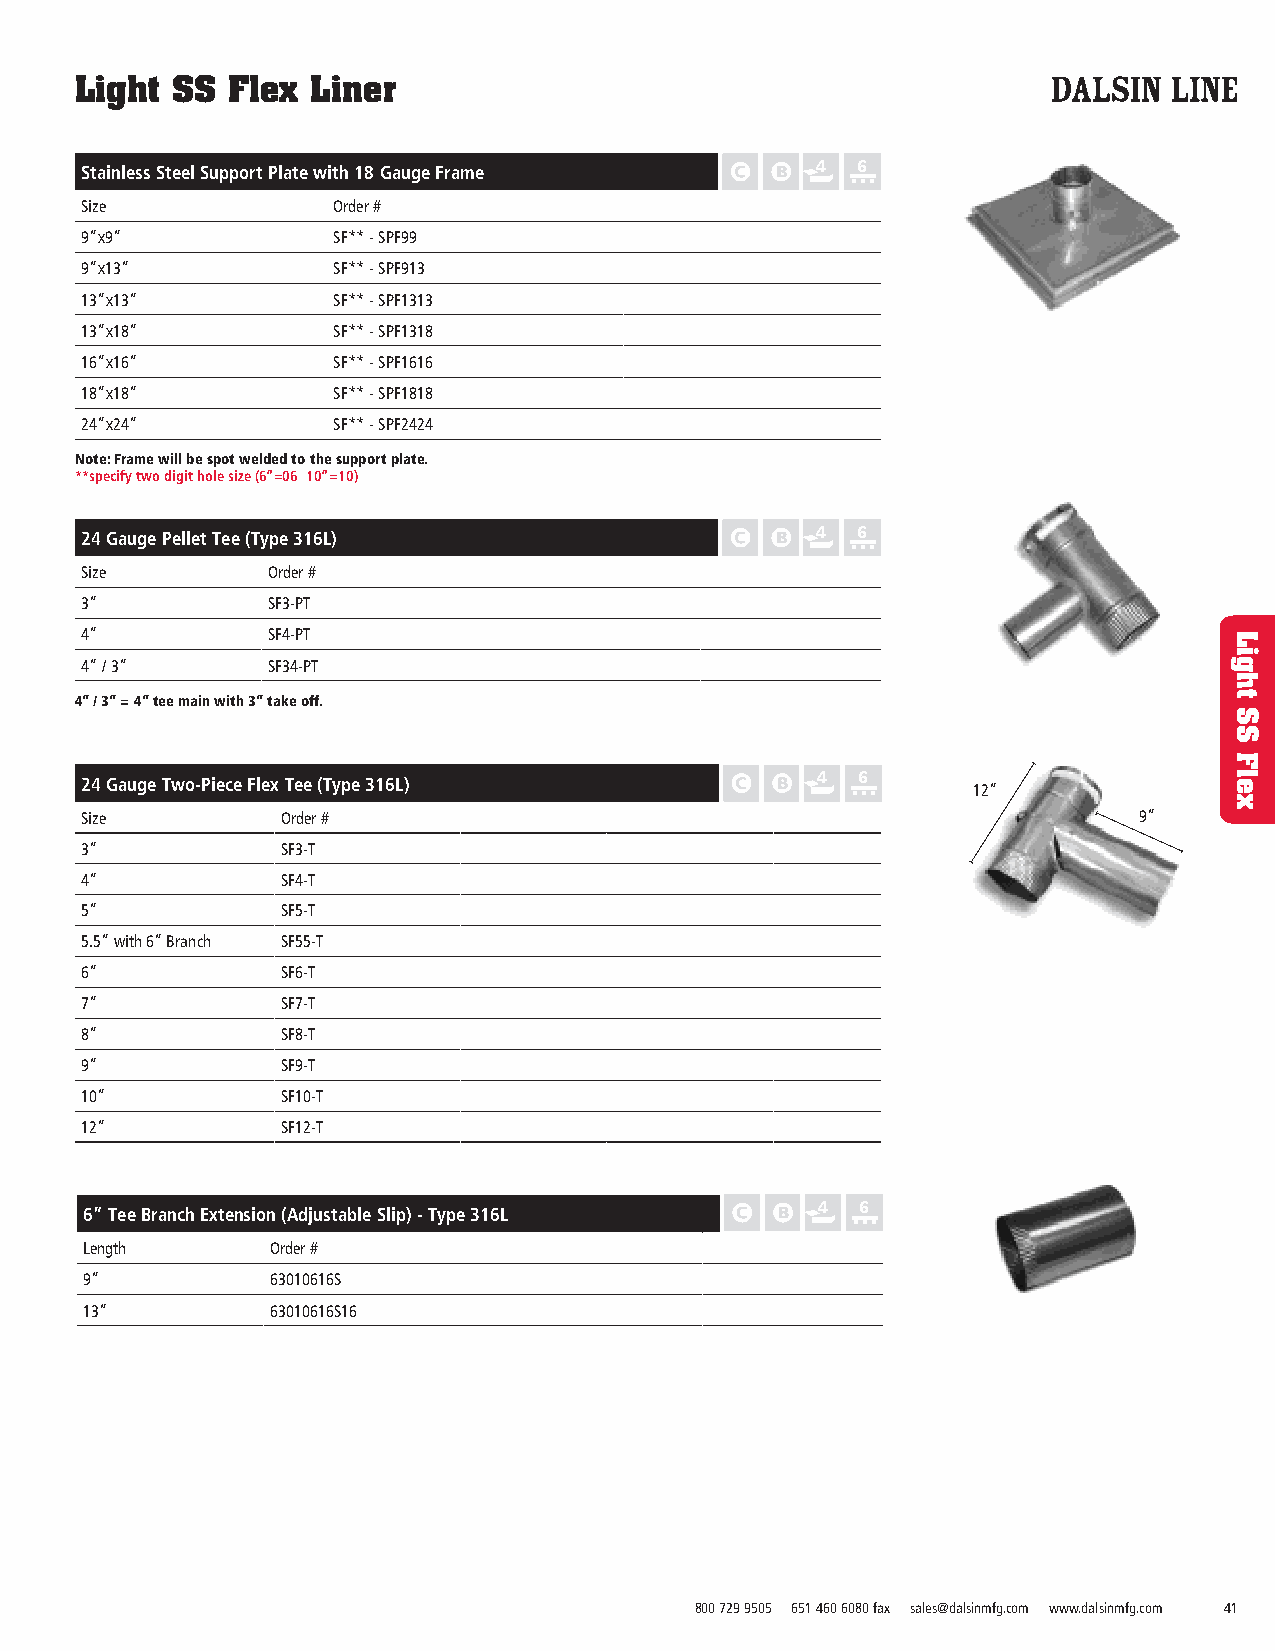
Light SS  Flex  Liner
 Stainless Steel Support Plate with 18 Gauge Frame 4 6
 Size             Order #
 9”x9”            SF** - SPF99
 9”x13”           SF** - SPF913
 13”x13”          SF** - SPF1313
 13”x18”          SF** - SPF1318
 16”x16”          SF** - SPF1616
 18”x18”          SF** - SPF1818
 24”x24”          SF** - SPF2424
 Note: Frame will be spot welded to the support plate.
 **specify two digit hole size (6”=06 10”=10)
 24 Gauge Pellet Tee (Type 316L)                  4  6
 Size         Order #
 3”           SF3-PT
 4”           SF4-PT
 4” / 3”      SF34-PT
 4” / 3” = 4” tee main with 3” take off.
 24 Gauge Two-Piece Flex Tee (Type 316L)          4  6
 12”
 Size          Order #                                                 9”
 3”            SF3-T
 4”            SF4-T
 5”            SF5-T
 5.5” with 6” Branch SF55-T
 6”            SF6-T
 7”            SF7-T
 8”            SF8-T
 9”            SF9-T
 10”           SF10-T
 12”           SF12-T
 4  6
 6” Tee Branch Extension (Adjustable Slip) - Type 316L
 Length      Order #
 9”          63010616S
 13”         63010616S16
 800 729 9505 651 460 6080 fax sales@dalsinmfg.com www.dalsinmfg.com 41
 Light
 SS
 Flex